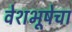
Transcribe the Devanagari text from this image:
वेशभूषेचा